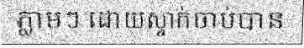
ភ្លាមៗ ដោយស្ទាក់ចាប់បាន